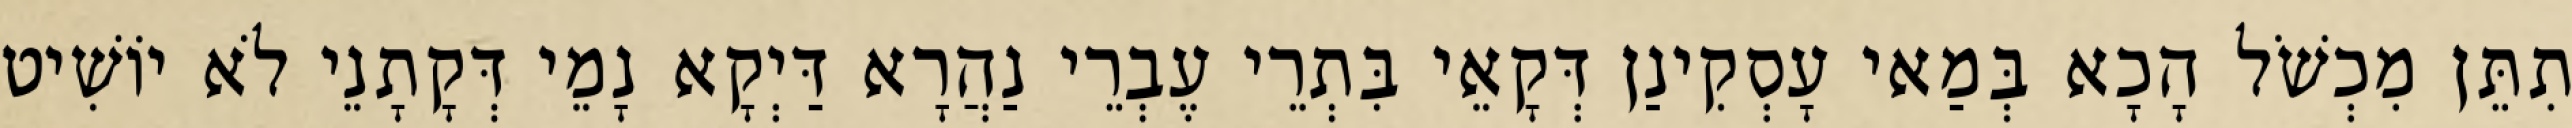
תִתֵּן מִכְשֹׁל הָכָא בְּמַאי עָסְקִינַן דְּקָאֵי בִּתְרֵי עֶבְרֵי נַהֲרָא דַּיְקָא נָמֵי דְּקָתָנֵי לֹא יוֹשִׁיט